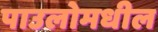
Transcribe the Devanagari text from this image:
पाउलोमधील